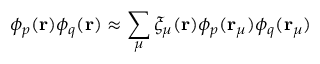
\phi _ { p } ( \mathbf { r } ) \phi _ { q } ( \mathbf { r } ) \approx \sum _ { \mu } \xi _ { \mu } ( \mathbf { r } ) \phi _ { p } ( \mathbf { r } _ { \mu } ) \phi _ { q } ( \mathbf { r } _ { \mu } )